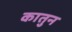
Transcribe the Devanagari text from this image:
कातुन